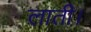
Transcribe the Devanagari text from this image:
लाती।